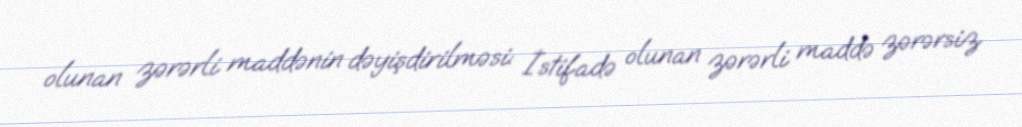
olunan zərərli maddənin dəyişdirilməsi: İstifadə olunan zərərli maddə zərərsiz